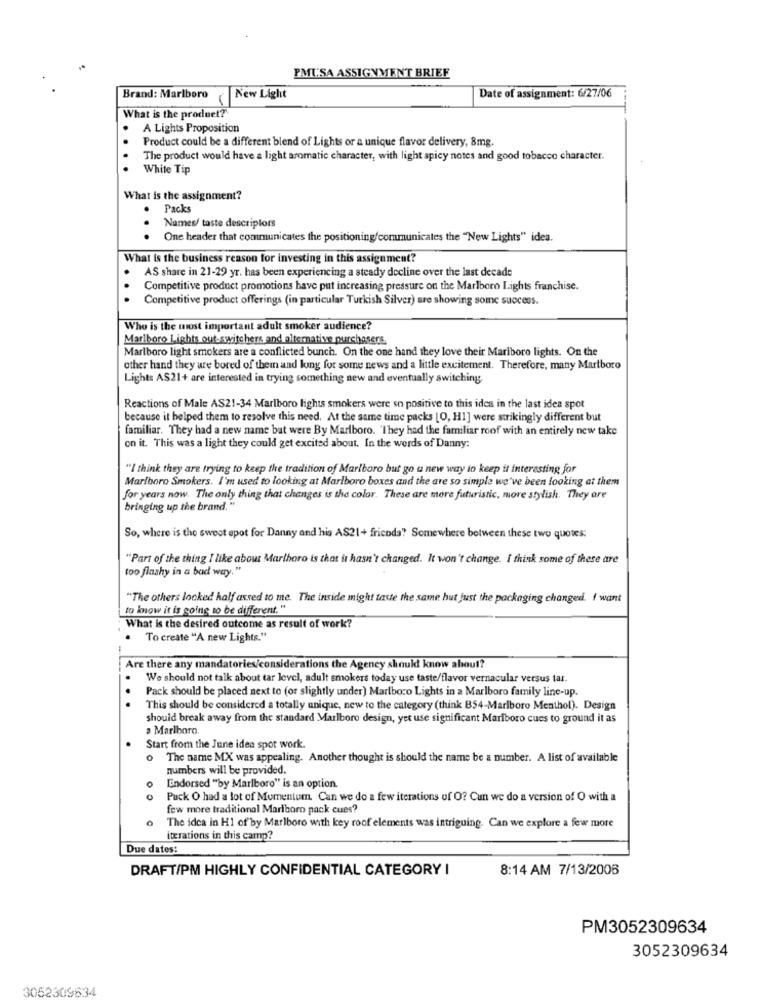
PMUSA ASSIGNMENT BRIEF
Brand: Marlboro
New Light
Date of assignment: 6/27/06
What is the produet?
A Lights Proposition
Product could be a different blend of Lights or a unique flavor delivery, 8mg.
The product would have a light aromatic character, with light spicy notes and good tobacco character.
White Tip
What is the assignment?
Packs
Names/ taste descriplors
...
One header that communicates the positioningfcommunicates the "New Lights" idea.
What is the business reason for investing in this assignment?
AS share in 21-29 yr. has been experiencing a steady decline over the last decade
..
Competitive product promotions have put increasing pressure on the Marlboro Lights franchise.
Competitive product offerings (in particular Turkish Silver) are showing some success.
Who is the most important adult smoker audience?
Marlboro Lights out-switchers and alternative purchasers.
Marlboro light smokers are a conflicted bunch. On the one hand they love their Marlboro lights. On the
other hand they are bored of them and king for some news and a little excitement. Therefore, many Marlboro
Lights AS21+ are interested in trying something new and eventually switching
Reactions of Male AS21-34 Marlboro lights smokers were so positive to this idea in the last idea spot
because it helped them to resolve this need. At the same time packs [O, H1] were strikingly different but
familiar. They had a new name but were By Marlboro. "They had the familiar roof with an entirely new take
on it. This was a light they could get excited about. In the words of Danny:
"I think they are trying to keep the tradition of Marlboro but go a new way to keep it interesting for
Marlboro Smokers. I'm used to looking at Marlboro boxes and the are so simple we've been looking at them
for years now. The only thing that changes is the color. These are more futuristic, more stylish. They are
bringing up the brand."
So, where is the sweet spot for Danny and his AS21+ friends? Somewhere between these two quotes:
"Part of the thing I like about Marthoro is that it hasn't changed. It won't change. I think some of these are
too flashy in a bad way."
"The others locked half assed to me. The inside might taste the same hut just the packaging changed. I want
to know it is going to be different. "
What is the desired outcome as result of work?
To create "A new Lights."
Are there any mandatories/considerations the Agency should know about?
We should not talk about tar level, adult smokers today use taste/flavor vernacular versus tar.
.
Pack should be placed next to (or slightly under) Marlboro Lights in a Marlboro family line-up.
This should be considered a totally unique, new to the category (think B54-Marlboro Menthol). Design
should break away from the standard Marlboro design, yet use significant Marlboro cues to ground it as
a Marlboro.
Start from the June idea spot work
The name MX was appealing. Another thought is should the name be a number. A list of available
numbers will be provided.
Endorsed "by Marlboro" is an option.
0
Puck O had a lot of Momentum. Can we do a few iterations of O? Can we do a version of O with a
few more traditional Marlboro pack cues?
The idea in H1 of by Marlboro with key roof elements was intriguing. Can we explore a few more
iterations in this camp?
Due dates:
DRAFT/PM HIGHLY CONFIDENTIAL CATEGORY I
8:14 AM 7/13/2006
PM3052309634
3052309634
3052309634